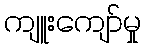
ကျူးကျော်မှု